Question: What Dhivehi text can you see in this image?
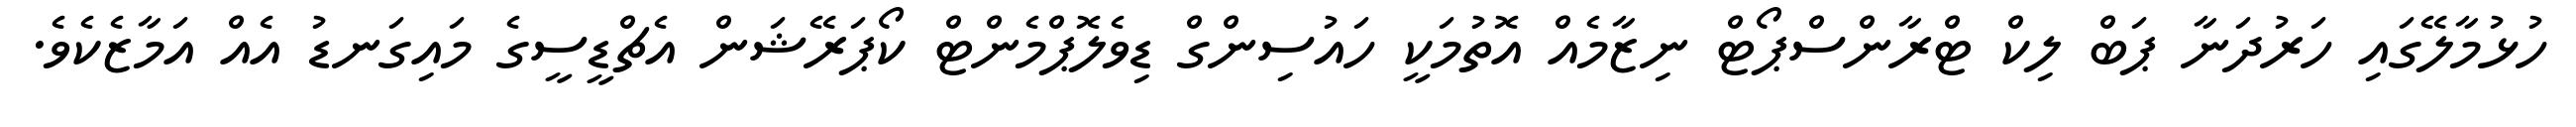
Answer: ހުޅުމާލޭގައި ހަރުދަނާ ޕަބް ލިކް ޓްރާންސްޕޯޓް ނިޒާމެއް އޮތުމަކީ ހައުސިންގް ޑިވެލޮޕްމެންޓް ކޯޕަރޭޝަން އެޗްޑީސީގެ މައިގަނޑު އެއް އަމާޒެކެވެ.